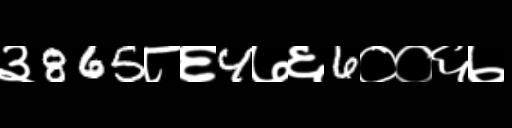
Text: ३865८६4७६6००६७